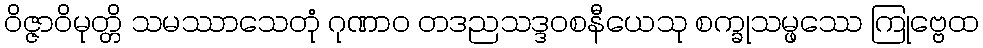
ဝိဇ္ဇာဝိမုတ္တိ သမဿာသေတုံ ဂုဏာဝ တဒညသဒ္ဒဝစနီယေသု စက္ခုသမ္ဖဿေ ကြုဗ္ဗေထ